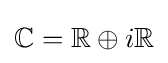
{\mathbb {C} }={\mathbb {R} }\oplus i{\mathbb {R} }